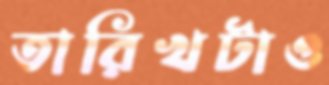
তারিখটাও